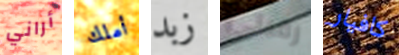
أراني أملك زبد رقبتي كافيار